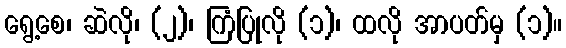
ရွေ့စေ၊ ဆဲလို၊ (၂)၊ ကြံပြုလို (၁)၊ ထလို အာပတ်မှ (၁)။